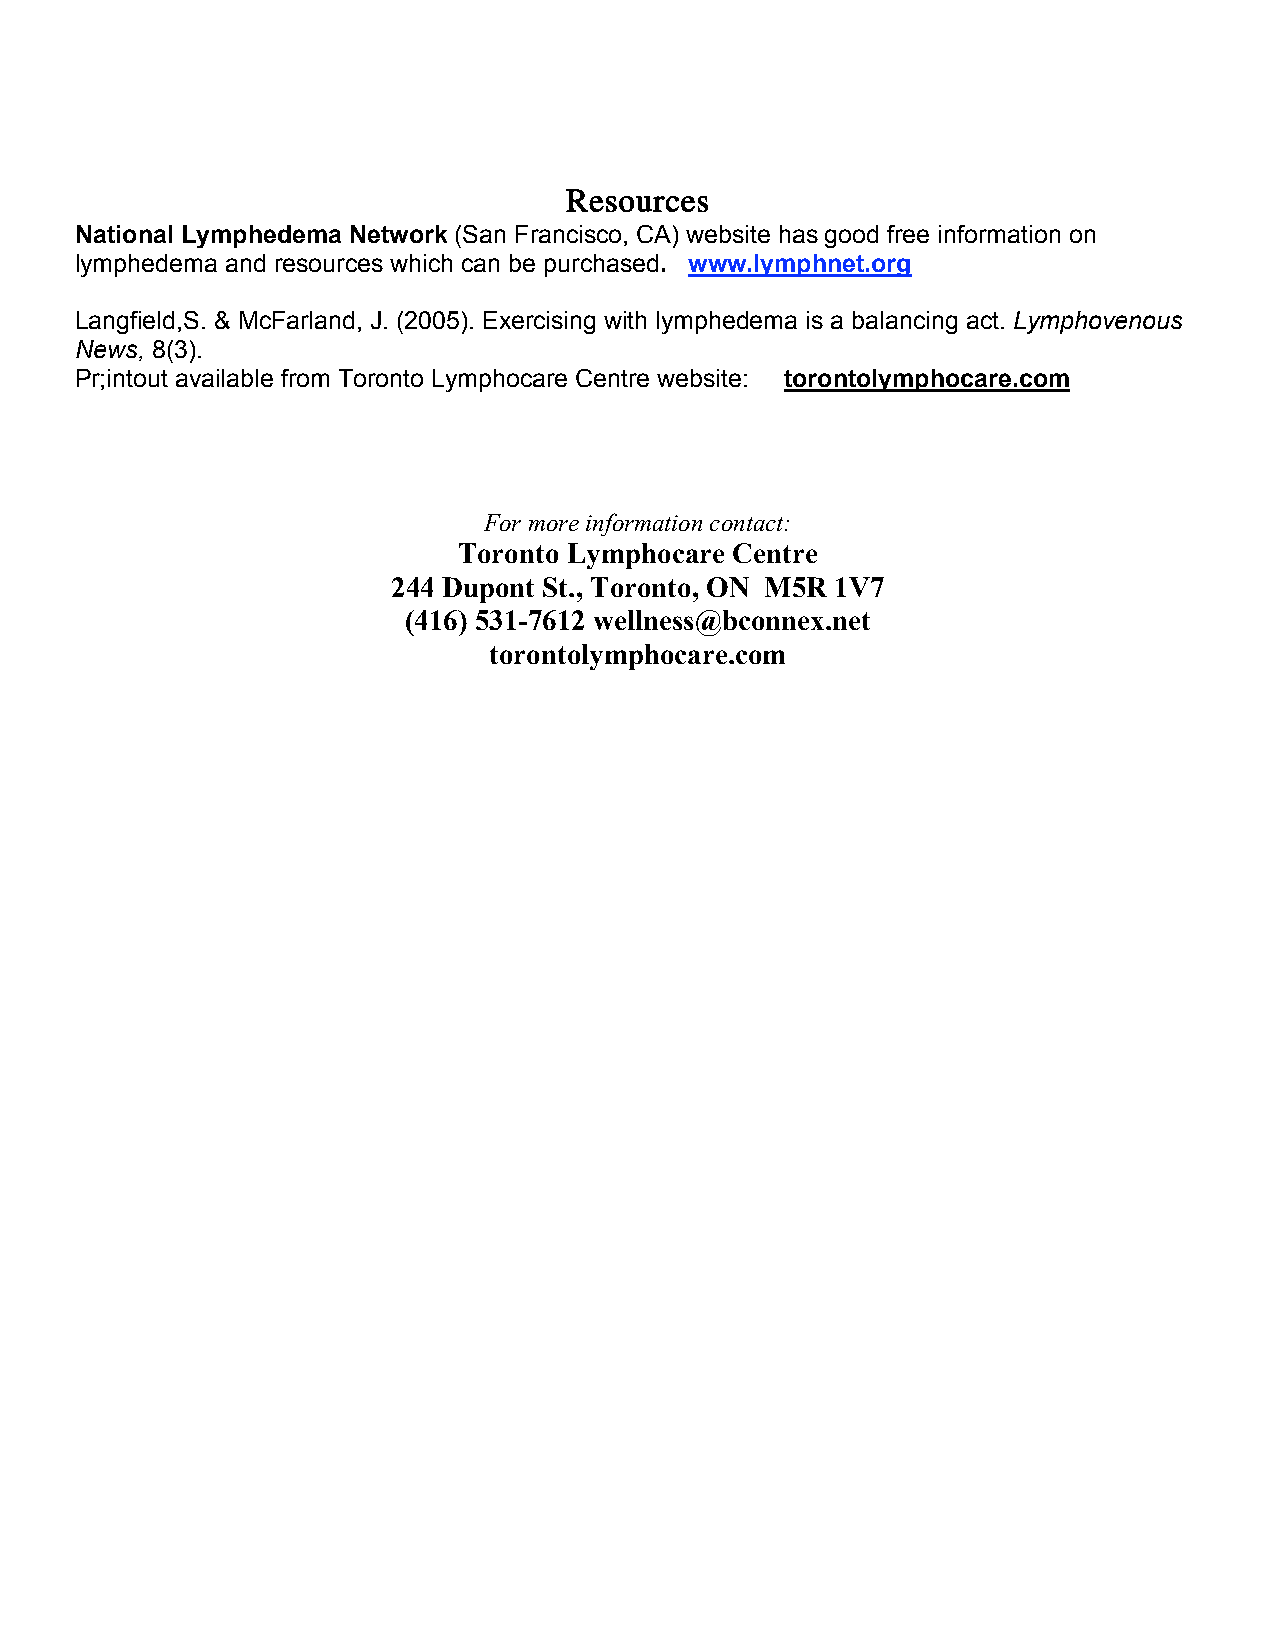
Resources
 National Lymphedema Network (San Francisco, CA) website has good free information on
 lymphedema and resources which can be purchased. www.lymphnet.org
 Langfield,S. & McFarland, J. (2005). Exercising with lymphedema is a balancing act. Lymphovenous
 News, 8(3).
 Pr;intout available from Toronto Lymphocare Centre website: torontolymphocare.com
 For more information contact:
 Toronto Lymphocare Centre
 244 Dupont St., Toronto, ON M5R 1V7
 (416) 531-7612 wellness@bconnex.net
 torontolymphocare.com